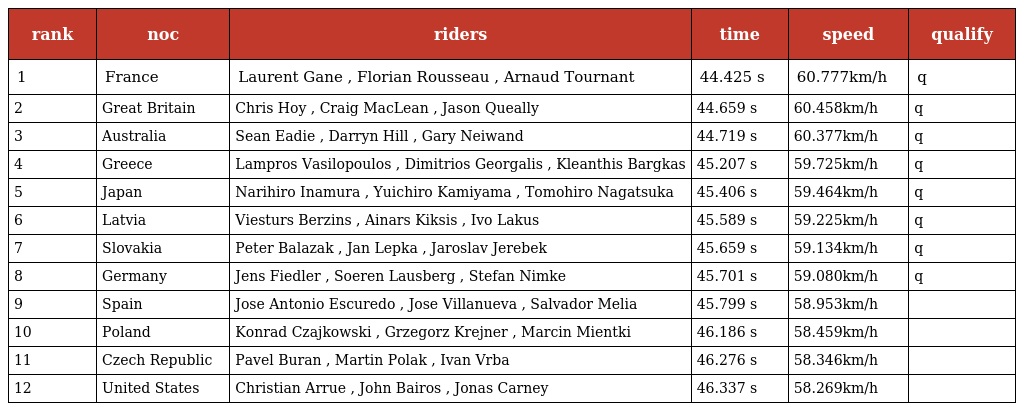
| rank | noc | riders | time | speed | qualify |
 | --- | --- | --- | --- | --- | --- |
 | 1 | France | Laurent Gane , Florian Rousseau , Arnaud Tournant | 44.425 s | 60.777km/h | q |
 | 2 | Great Britain | Chris Hoy , Craig MacLean , Jason Queally | 44.659 s | 60.458km/h | q |
 | 3 | Australia | Sean Eadie , Darryn Hill , Gary Neiwand | 44.719 s | 60.377km/h | q |
 | 4 | Greece | Lampros Vasilopoulos , Dimitrios Georgalis , Kleanthis Bargkas | 45.207 s | 59.725km/h | q |
 | 5 | Japan | Narihiro Inamura , Yuichiro Kamiyama , Tomohiro Nagatsuka | 45.406 s | 59.464km/h | q |
 | 6 | Latvia | Viesturs Berzins , Ainars Kiksis , Ivo Lakus | 45.589 s | 59.225km/h | q |
 | 7 | Slovakia | Peter Balazak , Jan Lepka , Jaroslav Jerebek | 45.659 s | 59.134km/h | q |
 | 8 | Germany | Jens Fiedler , Soeren Lausberg , Stefan Nimke | 45.701 s | 59.080km/h | q |
 | 9 | Spain | Jose Antonio Escuredo , Jose Villanueva , Salvador Melia | 45.799 s | 58.953km/h |  |
 | 10 | Poland | Konrad Czajkowski , Grzegorz Krejner , Marcin Mientki | 46.186 s | 58.459km/h |  |
 | 11 | Czech Republic | Pavel Buran , Martin Polak , Ivan Vrba | 46.276 s | 58.346km/h |  |
 | 12 | United States | Christian Arrue , John Bairos , Jonas Carney | 46.337 s | 58.269km/h |  |